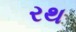
રથ